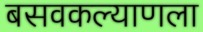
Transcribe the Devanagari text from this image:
बसवकल्याणला